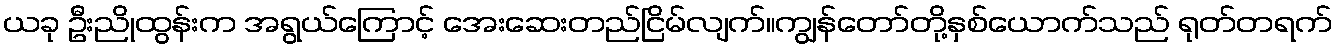
ယခု ဦးညိုထွန်းက အရွယ်ကြောင့် အေးဆေးတည်ငြိမ်လျက်။ကျွန်တော်တို့နှစ်ယောက်သည် ရုတ်တရက်